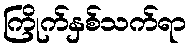
ကြိုက်နှစ်သက်ရာ